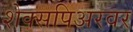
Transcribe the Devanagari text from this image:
शेक्सपिअरवर